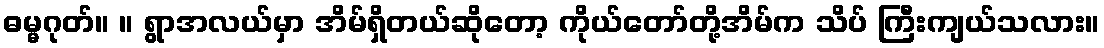
ဓမ္မဂုတ်။ ။ ရွာအလယ်မှာ အိမ်ရှိတယ်ဆိုတော့ ကိုယ်တော်တို့အိမ်က သိပ် ကြီးကျယ်သလား။